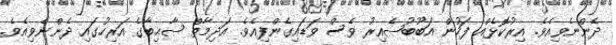
ދެންނެވިއެވެ. އިރުކޮޅެއް ފަހުން އަބޫބުޞެއިރު ވެސް ވަޑައިގެންފިއެވެ. އަދިމާތް ޞާޙިބާގެ އަރިހުގައި ދެންނެވިއެވެ.